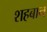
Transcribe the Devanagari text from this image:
शहबान